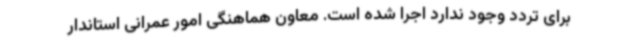
برای تردد وجود ندارد اجرا شده است. معاون هماهنگی امور عمرانی استاندار